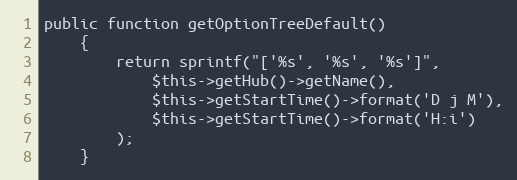
Language: PHP
public function getOptionTreeDefault()
    {
        return sprintf("['%s', '%s', '%s']",
            $this->getHub()->getName(),
            $this->getStartTime()->format('D j M'),
            $this->getStartTime()->format('H:i')
        );
    }